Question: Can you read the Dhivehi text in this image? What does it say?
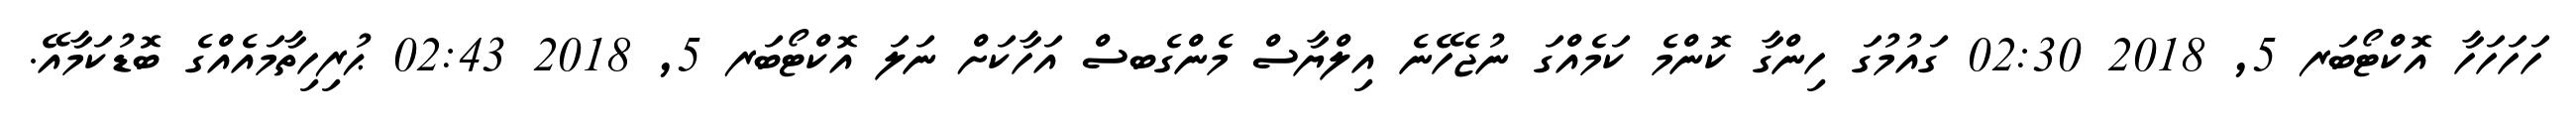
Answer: ހަހަހަހާ އޮކްޓޯބަރ 5, 2018 02:30 ގައުމުގަ ހިންގާ ކޮންމެ ކަމެއްގަ ނުޖެހޭނެ އިލްޔާސް މެންގެބސް އަހާކަށް ނަލަ އޮކްޓޯބަރ 5, 2018 02:43 ޙުރިހިތާމައެއްގެ ބޮޑުކަމާއޭ.